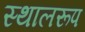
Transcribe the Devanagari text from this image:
स्थालरूप